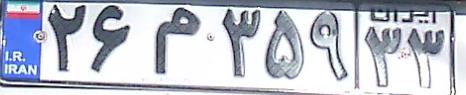
۲۶م۳۵۹۳۳